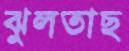
ঝুলতাছ